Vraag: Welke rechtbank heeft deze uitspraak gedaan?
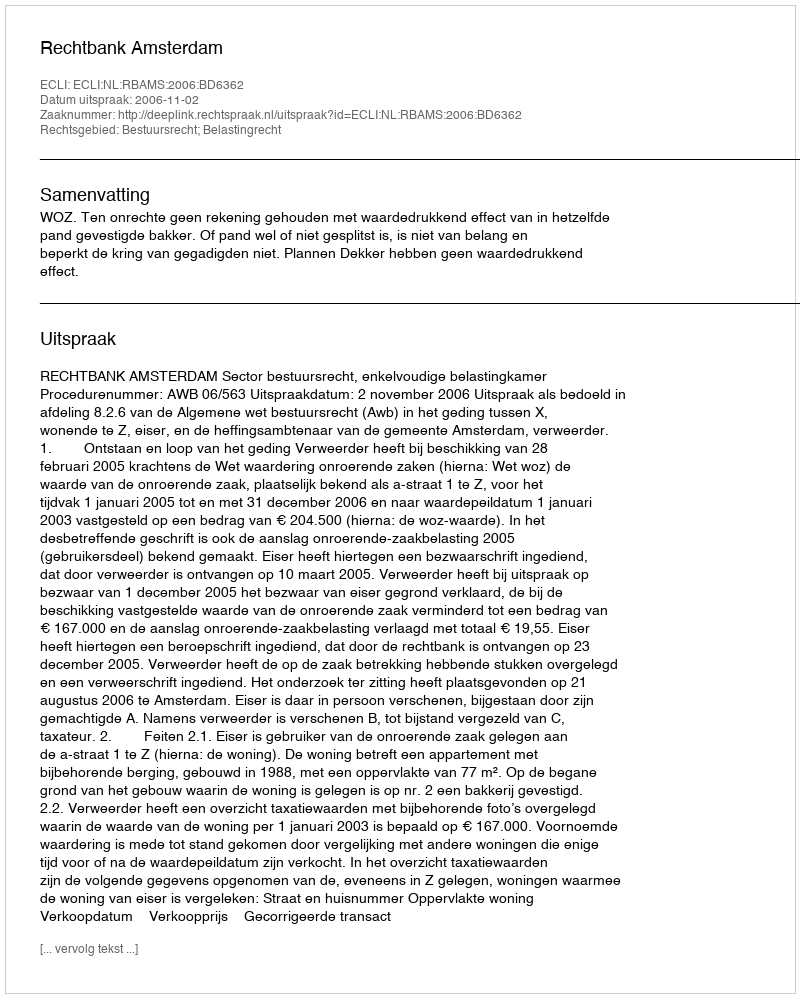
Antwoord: Rechtbank Amsterdam